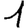
Digit: 1